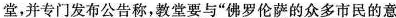
堂，并专门发布公告称，教堂要与”佛罗伦萨的众多市民的意